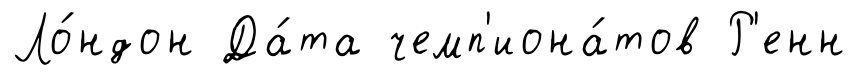
Ло́ндон Да́та чемп'иона́тов Р'енн